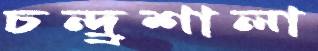
চন্দ্র্রশালা